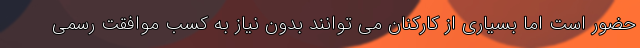
حضور است اما بسیاری از کارکنان می توانند بدون نیاز به کسب موافقت رسمی